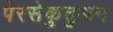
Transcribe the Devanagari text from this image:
पेरसेकुतुअन